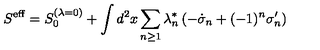
S ^ { \mathrm { e f f } } = S _ { 0 } ^ { ( \lambda = 0 ) } + \int d ^ { 2 } x \sum _ { n \geq 1 } \lambda _ { n } ^ { * } \left( - \dot { \sigma } _ { n } + ( - 1 ) ^ { n } \sigma _ { n } ^ { \prime } \right)